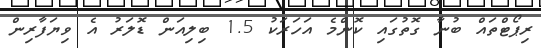
ރިޕޯޓްތައް ބުނާ ގޮތުގައި ކޮންމެ އަހަރަކު 1.5 ބިލިއަން ޑޮލަރު އެ ވިޔަފާރިން